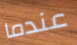
عندما